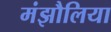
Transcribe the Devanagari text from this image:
मंझौलिया